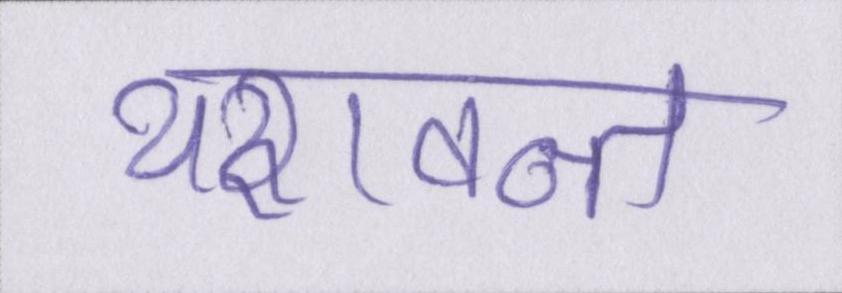
यशवन्त